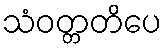
သံဝတ္တတိပေ